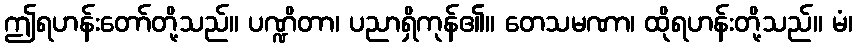
ဤရဟန်းတော်တို့သည်။ ပဏ္ဍိတာ၊ ပညာရှိကုန်၏။ တေသမဏာ၊ ထိုရဟန်းတို့သည်။ မံ၊